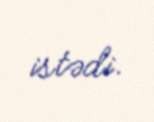
istədi.